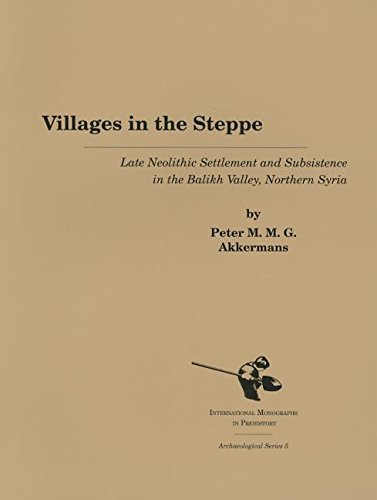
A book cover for Villages in the Steppe: Late Neolithic Settlement and Subsistence in the Balikh Valley, Northern Syria (Archaeological Series, 5); Peter M. M. G. Akkermans; History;